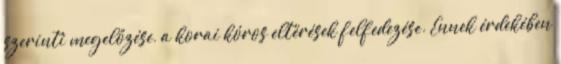
szerinti megelőzése, a korai kóros eltérések felfedezése. Ennek érdekében